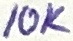
Text: 10K